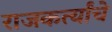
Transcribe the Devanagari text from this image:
राजकर्त्यांचे